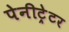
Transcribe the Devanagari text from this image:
पेनीट्रेटर